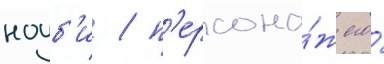
ноуб'и / п'ерсона́ж его́